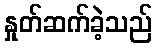
နှုတ်ဆက်ခဲ့သည်